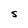
Character: S